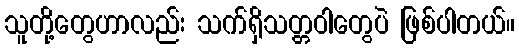
သူတို့တွေဟာလည်း သက်ရှိသတ္တဝါတွေပဲ ဖြစ်ပါတယ်။